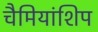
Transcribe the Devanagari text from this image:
चैमियांशिप